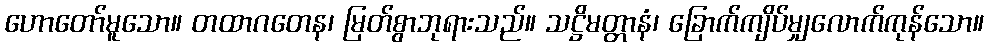
ဟောတော်မူသော။ တထာဂတေန၊ မြတ်စွာဘုရားသည်။ သဋ္ဌိမတ္တာနံ၊ ခြောက်ကျိပ်မျှလောက်ကုန်သော။